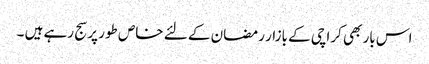
اس بار بھی کراچی کے بازار رمضان کے لئے خاص طور پر سج رہے ہیں ۔